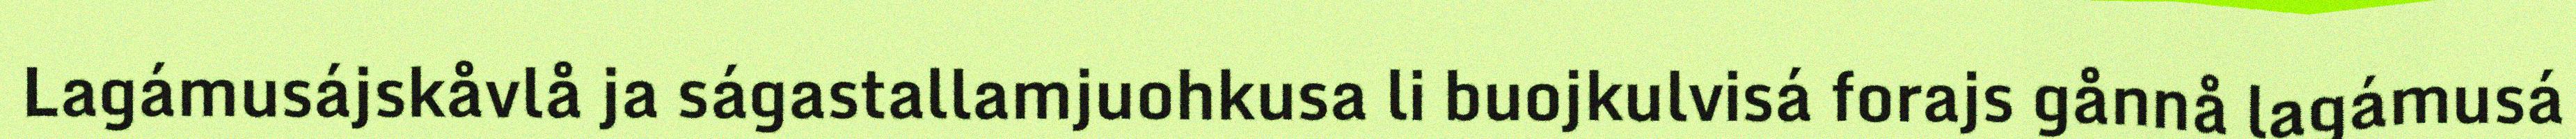
Lagámusájskåvlå ja ságastallamjuohkusa li buojkulvisá forajs gånnå lagámusá